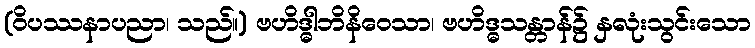
(ဝိပဿနာပညာ၊ သည်။) ဗဟိဒ္ဓါဘိနိဝေသာ၊ ဗဟိဒ္ဓသန္တာန်၌ နှလုံးသွင်းသော